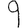
Digit: 9